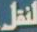
لنقل